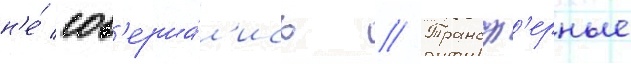
н'е́ сов'ерша́л'ись // Трансф'ерные